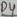
Text: D4